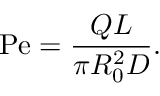
\mathrm { P e } = \frac { Q L } { \pi R _ { 0 } ^ { 2 } D } .